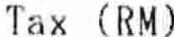
TAX (RM)